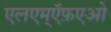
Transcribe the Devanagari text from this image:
एलएम्ऍफ़एओ